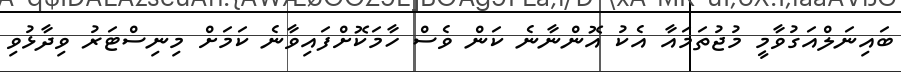
ބައިނަލްއަގުވާމީ މުޖުތަމައާ އެކު އޮންނާނެ ކަން ވެސް ހާމަކޮށްފައިވާނެ ކަމަށް މިނިސްޓަރު ވިދާޅުވި